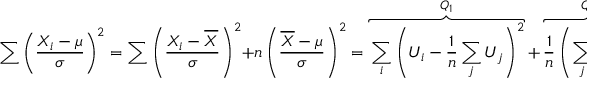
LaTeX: \sum \left( { \frac { X _ { i } - \mu } { \sigma } } \right) ^ { 2 } = \sum \left( { \frac { X _ { i } - { \overline { { X } } } } { \sigma } } \right) ^ { 2 } + n \left( { \frac { { \overline { { X } } } - \mu } { \sigma } } \right) ^ { 2 } = \overbrace { \sum _ { i } \left( U _ { i } - { \frac { 1 } { n } } \sum _ { j } { U _ { j } } \right) ^ { 2 } } ^ { Q _ { 1 } } + \overbrace { { \frac { 1 } { n } } \left( \sum _ { j } { U _ { j } } \right) ^ { 2 } } ^ { Q _ { 2 } } = Q _ { 1 } + Q _ { 2 } .